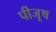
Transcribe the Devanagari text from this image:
पीजूष